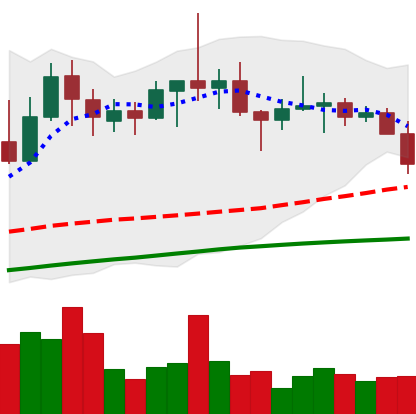
Ticker: TRX-USD
Chart end date: 2022-06-11
Forward return: -22.196%
Label: down_7plus